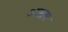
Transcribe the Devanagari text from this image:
अाश्रम